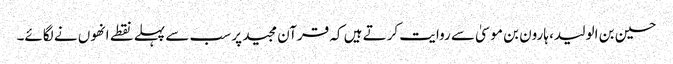
حسین بن الولید، ہارون بن موسیٰ سے روایت کرتے ہیں کہ قرآن مجید پر سب سے پہلے نقطے انھوں نے لگائے۔